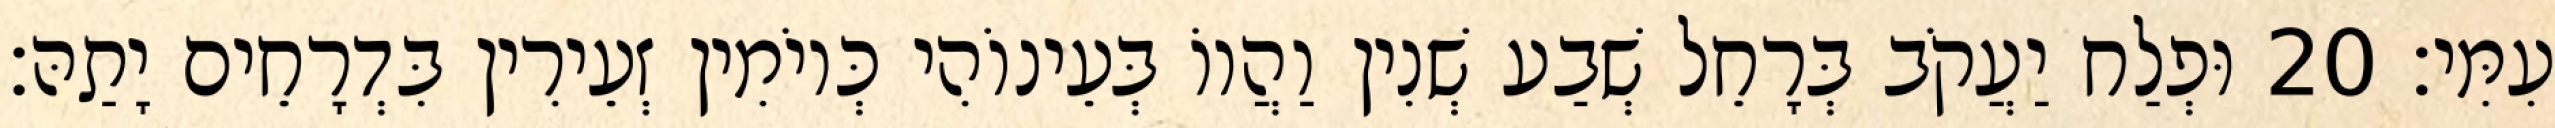
עִמִּי׃ 20 וּפְלַח יַעֲקֹב בְּרָחֵל שְׁבַע שְׁנִין וַהֲווֹ בְּעֵינוֹהִי כְּיוֹמִין זְעֵירִין בִּדְרָחֵים יָתַהּ׃